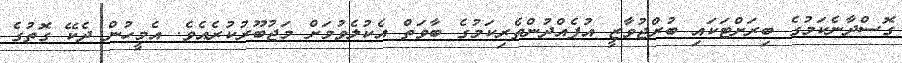
ގޮސްދާނެކަމުގެ ބިރަށްޓަކައި ބުރްޖުވާޒީ އުފެއްދުންތެރިކަމުގެ ބާވަތް އެކުލެވުމަށް މަޖުބޫރުކުރެއެވެ. އެމީހުން ދެކޭ ގޮތުގެ